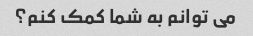
می توانم به شما کمک کنم؟